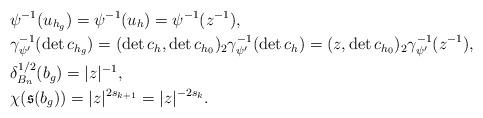
LaTeX: \begin{align*}&\psi^{-1}(u_{h_g})=\psi^{-1}(u_h)=\psi^{-1}(z^{-1}),\\&\gamma_{\psi'}^{-1}(\det c_{h_g})=(\det c_h,\det c_{h_0})_2\gamma_{\psi'}^{-1}(\det c_h)=(z,\det c_{h_0})_2\gamma_{\psi'}^{-1}(z^{-1}),\\&\delta^{1/2}_{B_n}(b_g)=|z|^{-1},\\&\chi(\mathfrak{s}(b_g))=|z|^{2s_{k+1}}=|z|^{-2s_{k}}.\end{align*}